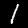
Label: 1